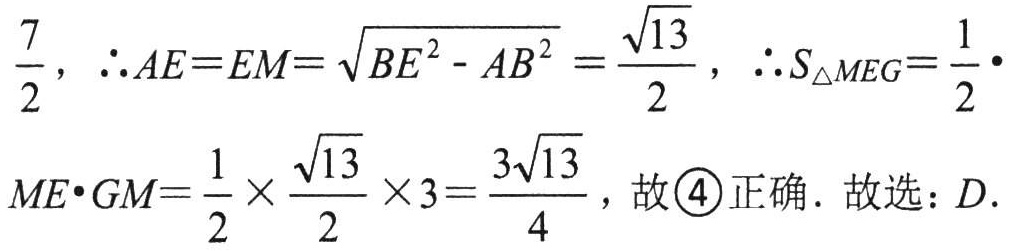
$\frac{7}{2},\ \therefore AE = EM=\sqrt{BE^{2}-AB^{2}}=\frac{\sqrt{13}}{2},\ \therefore S_{\triangle MEG}=\frac{1}{2}\cdot ME\cdot GM=\frac{1}{2}\times\frac{\sqrt{13}}{2}\times3 = \frac{3\sqrt{13}}{4},\ 故\textcircled{4}正确. 故选: D.$